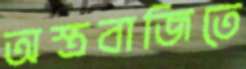
অস্ত্রবাজিতে